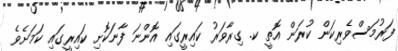
ފަރުމަސްވެރިކަން ކުރަން އޮތީ ކ. ގިރާވަރު ކައިރީގައި އޮންނަ ފާނަކޮށި ކައިރީގައި ކަމަށެވެ